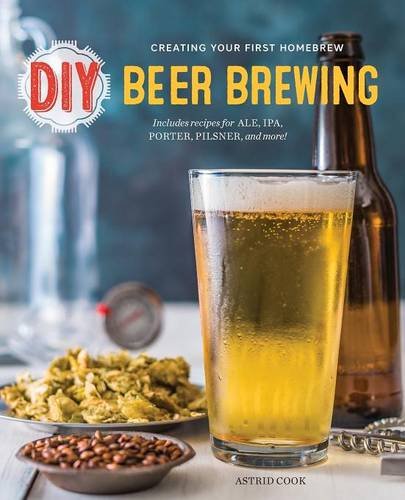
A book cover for DIY Beer Brewing:: Creating Your First Homebrew; Astrid Cook; Cookbooks, Food & Wine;